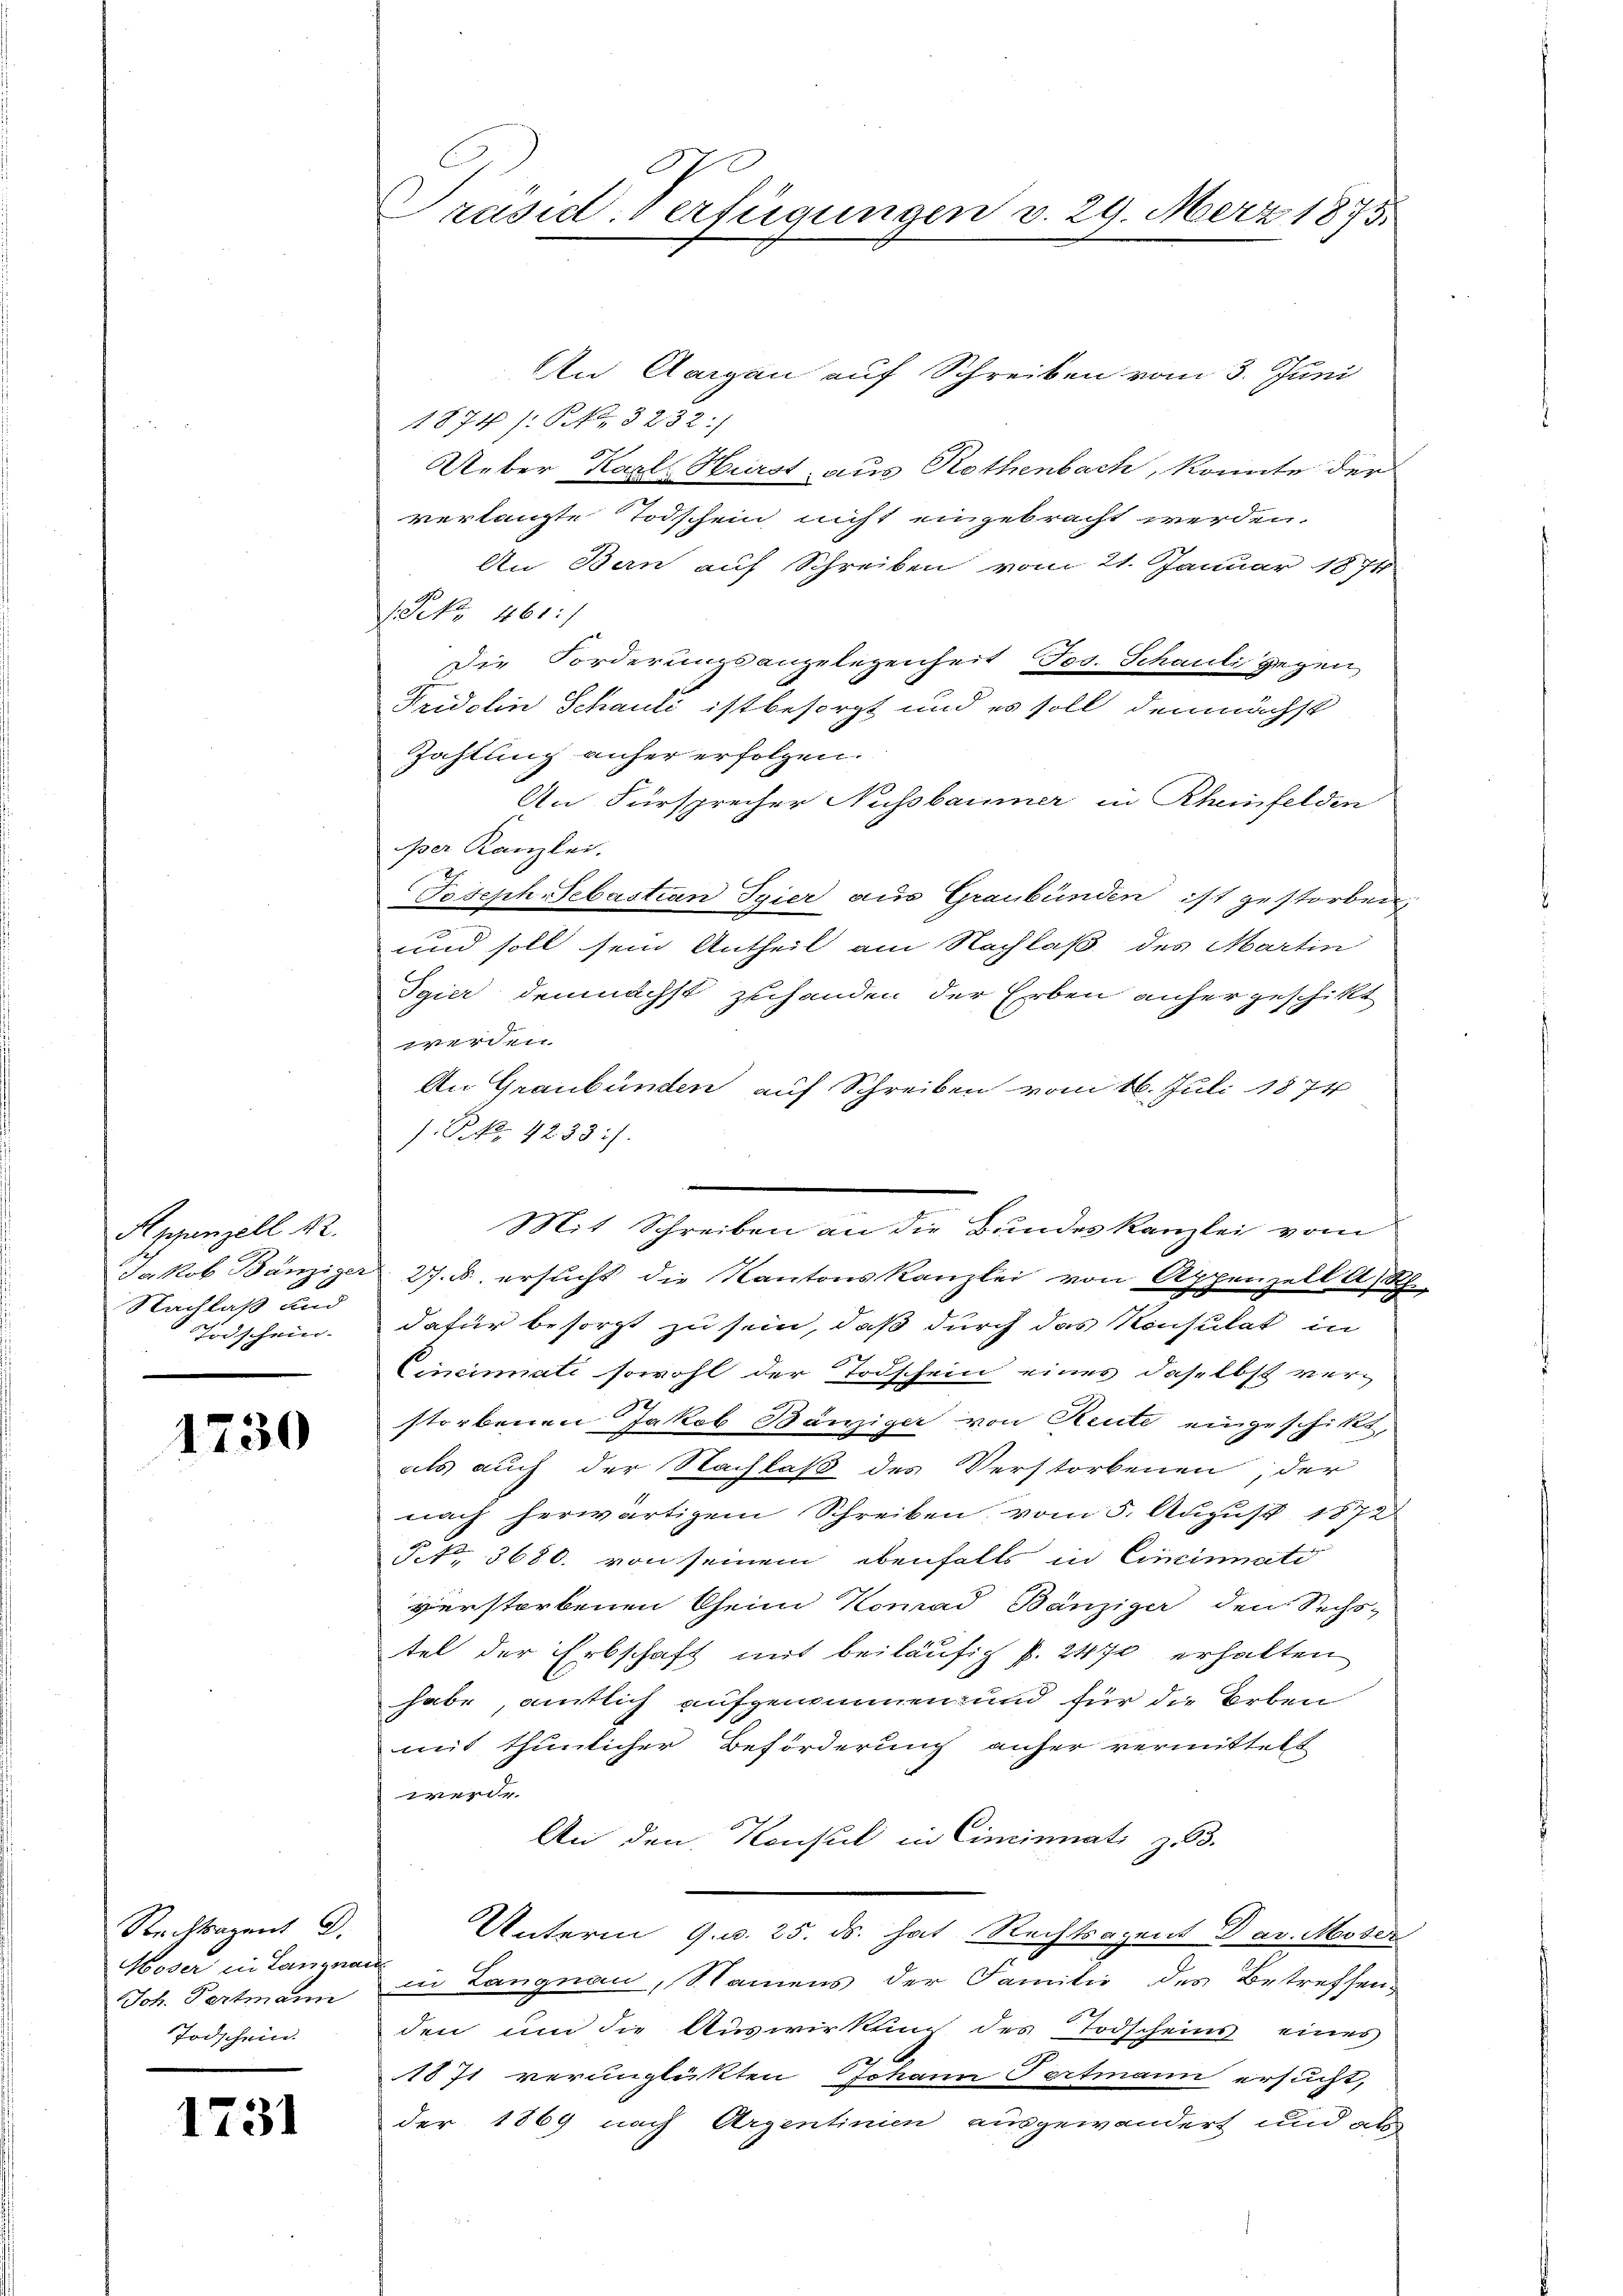
Appenzell A.
Nachlaß und
Todschein.

1730

An Aargau auf Schreiben vom 3. Juni
1874 /: P. Nr. 3232:/
Ueber Karl Bürst aus Rothenbach, konnte der
verlangte Todschein nicht eingebracht werden.
An Ban auf Schreiben vom 21. Januar 1874
1.Prk. 461 :/
Die Forderungsangelegenheit Jos. Schauli gegen
Fridelin Schauli ist besorgt und es soll demnächst
Zahlung anher erfolgen.
An Fürsprecher Nussbaumer in Rheinfelden
per Kanzlei.
Joseph Sebastian Tyier aus Graubünden ist gestorben
und soll sein Antheil am Nachlaß des Martin
Sgier demnächst zuhanden der Erben anher geschikt
e
An Graubünden auf Schreiben vom 16. Juli 1874
.P. Nr. 4233 :/.
Mit Schreiben an die Bundeskanzlei vom
Jakob Bänziger 27. d. ersucht die Kantonskanzlei von Appenzell A.Rh.
dafür besorgt zu sein, daß durch das Konsulat in
Cincinati sowohl der Todschein eines daselbst ver-
storbenen Jakob Bänziger von Reute eingeschikt,
als auch der Nachlaß des Verstorbenen, der
nach herwärtigem Schreiben vom 5. August 1872
§. 3680. von seinem ebenfalls in Cincinati
verstorbenen Theim Komad Bänziger den Sechs-
tel der Erbschaft mit beiläufig p. 2470 erhalten
habe, amtlich aufgenommen und für die Erben
wes thunlicher Beförderung anher vermittelt
d
An den Konsul in Cincinnati z. 3.
Unterm 9. d. 25. ds. hat Rechtsagent Dav. Miter
Joh. Pertmann in Langnau, Namens der Familie des Betreffenden um die Auswirkung des Todscheins eines
1871 verunglükten Johann Portmann ersucht,
der 1869 nach Arzentinien ausgewandert und als

Rechtsarant G.
Moser in Langnau
Todschein.

1731

Präsid. Verfügungen v. 29. März 1875.